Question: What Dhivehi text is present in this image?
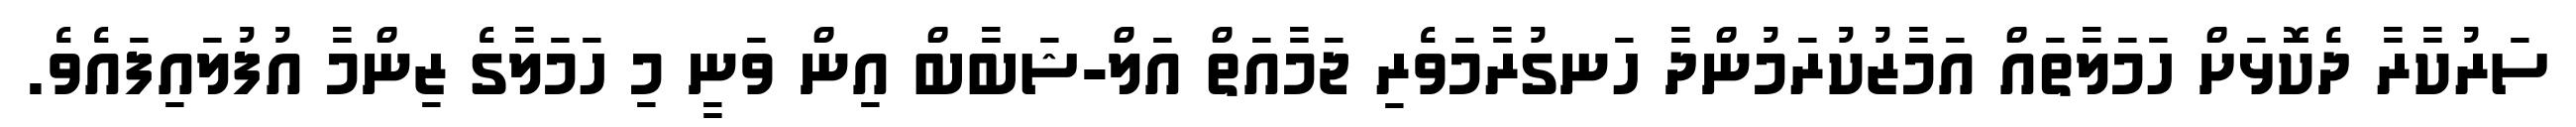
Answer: ސަރުކާރާ ދެކޮޅަށް ހަމަލާތައް އަމާޒުކުރަމުންދާ ހަނގުރާމަވެރި ޖަމާއަތް އަލް-ޝަބާބް އިން ވަނީ މި ހަމަލާގެ ޒިންމާ އުފުލައިފައެވެ.